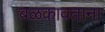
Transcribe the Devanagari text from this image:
बळकावताना